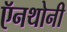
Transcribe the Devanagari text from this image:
ऍनथोनी